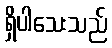
ရှိပါသေးသည်